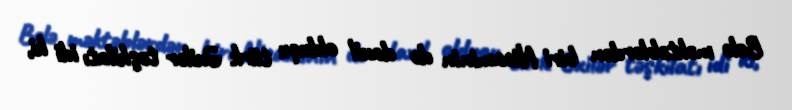
Belə məktəblərdən biri Nizaminin də daxil olduqu türk Əxilər təşkilatı idi ki,